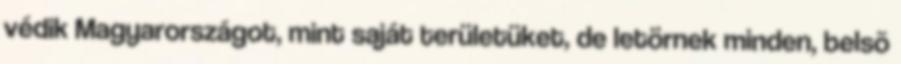
védik Magyarországot, mint saját területüket, de letörnek minden, belsõ